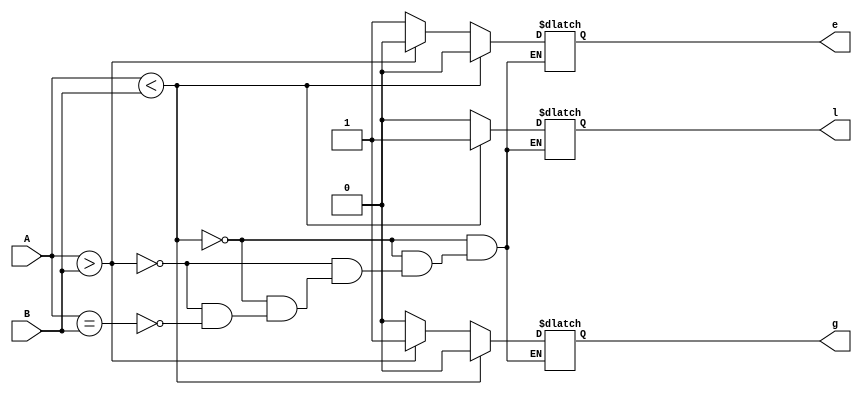
module comp4bb (l,g,e,A,B);
output l,g,e;
input  [3:0] A,B;
reg l,g,e;
always @ (*)
begin
	if (A<B)
		begin
		l=1;
		g=0;
		e=0;
		end
	else if (A>B)
		begin
		l=0;
		g=1;
		e=0;
		end
	else if (A==B)
		begin
		l=0;
		g=0;
		e=1;
		end
end
endmodule